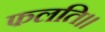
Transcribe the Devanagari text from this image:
फलति।।